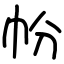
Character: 帉